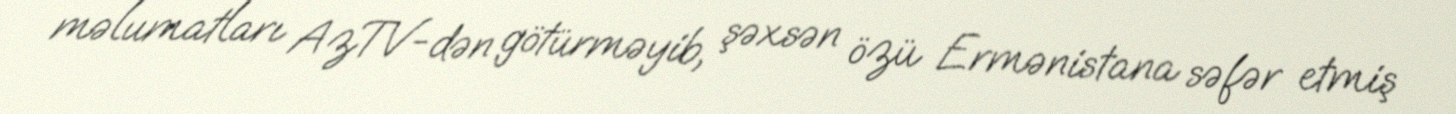
məlumatları AzTV-dən götürməyib, şəxsən özü Ermənistana səfər etmiş